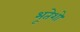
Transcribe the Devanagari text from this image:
भूतेशो